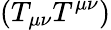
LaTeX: (T_{\mu\nu}T^{\mu\nu})